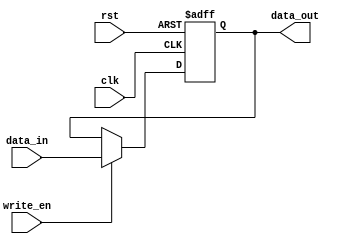
`timescale 1ns / 1ps
module gen_register( clk, rst, data_in, data_out, write_en  );
	parameter WORD_SIZE = 32 ; 
	
	input wire clk, rst, write_en;
	input wire [WORD_SIZE-1:0] data_in;
	output reg [WORD_SIZE-1:0] data_out;	
	
always @ (posedge rst or posedge clk ) begin
	if ( rst ) begin
		data_out <= { WORD_SIZE {1'b0} };
	end else if ( clk ) begin
		if(write_en)
			data_out <= data_in;
	end
end

endmodule